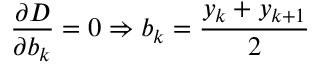
{ \frac { \partial D } { \partial b _ { k } } } = 0 \Rightarrow b _ { k } = { \frac { y _ { k } + y _ { k + 1 } } { 2 } }